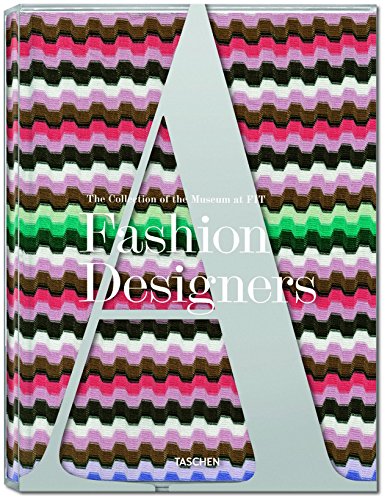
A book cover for Fashion Designers A-Z, Missoni Edition; Suzy Menkes; Arts & Photography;